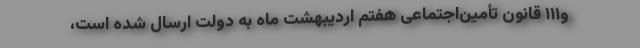
و۱۱۱ قانون تأمین‌اجتماعی هفتم اردیبهشت ماه به دولت ارسال شده است،